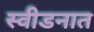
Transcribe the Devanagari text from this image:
स्वीडनात